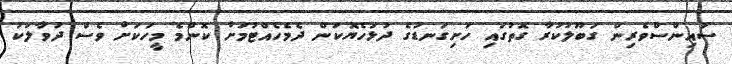
ސައިންސްވެރިން ގަބޫލުކުރާ ގޮތުގައި ހަށިގަނޑުގެ ދުޅަހެޔޮކަން ދެމެހެއްޓުމަށް ކޮންމެ މީހަކަށް ވެސް ދުވާލަކު